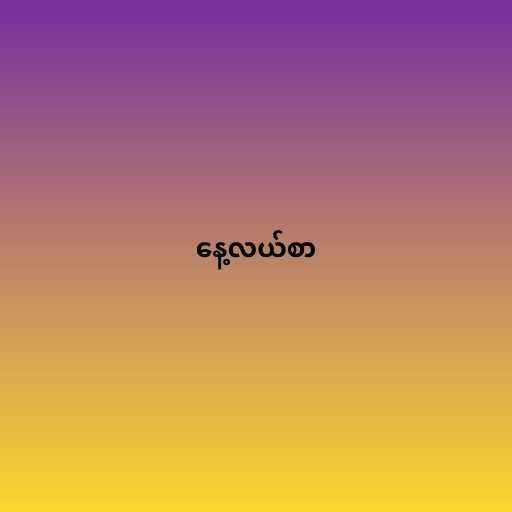
နေ့လယ်စာ